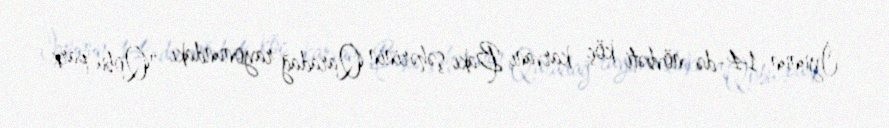
İyunun 14-də növbəti köç karvanı Bakı şəhərinin Qaradağ rayonundakı "Qobu park